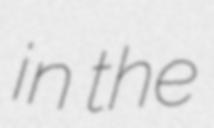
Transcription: in the